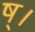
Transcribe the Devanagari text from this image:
ष्।